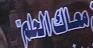
معاكالحلم